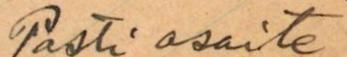
Posti osoite